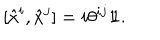
[ \hat { x } ^ { i } , \hat { x } ^ { j } ] = i \theta ^ { i j } { \rlap { 1 } \hspace { 1 . 6 p t } \mathrm { 1 } } .